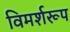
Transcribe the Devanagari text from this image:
विमर्शरूप